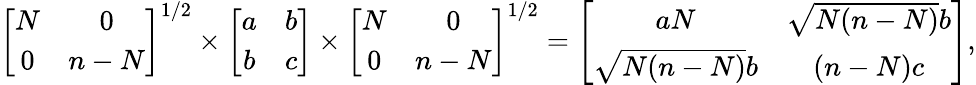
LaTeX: \left[\begin{array}{cc}{N}&{0}\\ {0}&{n-N}\end{array}\right]^{1/2}\times\left[\begin{array}{cc}{a}&{b}\\ {b}&{c}\end{array}\right]\times\left[\begin{array}{cc}{N}&{0}\\ {0}&{n-N}\end{array}\right]^{1/2}=\left[\begin{array}{cc}{aN}&{\sqrt{N(n-N)}b}\\ {\sqrt{N(n-N)}b}&{(n-N)c}\end{array}\right],